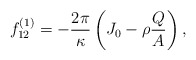
\begin{align*}f_{12}^{\left(1\right)} =-\frac{2\pi}{\kappa}\left( J_{0} - \rho \frac{Q}{A}\right),\end{align*}